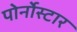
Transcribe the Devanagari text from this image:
पोर्नोस्टार